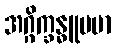
အဂ္ဂိက္ခန္ဓူပမာ